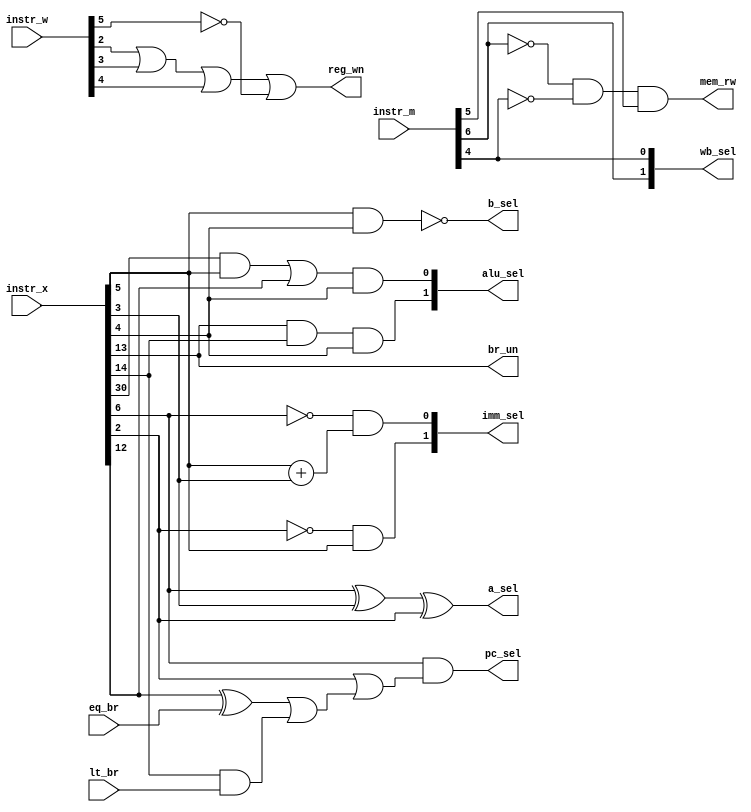
`timescale 1ns / 1ps
//////////////////////////////////////////////////////////////////////////////////
// Company: 
// Engineer: 
// 
// Design Name: 
// Module Name:    control_unit 
// Project Name: 
// Target Devices: 
// Tool versions: 
// Description: 
//
// Dependencies: 
//
// Revision: 
// Revision 0.01 - File Created
// Additional Comments: 
//
//////////////////////////////////////////////////////////////////////////////////
module control_unit(
	 input [31:0] instr_w,
	 input [31:0] instr_m,
    input [31:0] instr_x,
    input eq_br,
    input lt_br,
    output [1:0] wb_sel,
    output pc_sel,
    output mem_rw,
    output reg_wn,
    output br_un,
    output [1:0] alu_sel,
    output b_sel,
    output a_sel,
    output [1:0] imm_sel
    );
	 assign a_sel =instr_x[6]^instr_x[3]^instr_x[2];
	 assign b_sel =! (instr_x[5]&instr_x[4]);
	 assign alu_sel[1]= (instr_x[13]&instr_x[14])&(instr_x[4]);
	 assign alu_sel[0]= ((instr_x[30]&instr_x[5])|instr_x[12])&(instr_x[4]);
	 assign mem_rw =(!instr_m[6])&(!instr_m[4])&instr_m[5];
	 assign reg_wn= (instr_w[2]|instr_w[3]|instr_w[4]|(!instr_w[5]));
    assign pc_sel=instr_x[6]&(instr_x[2]|((instr_x[12]^eq_br)|(instr_x[14]&lt_br)));
	 assign imm_sel[0]=(!instr_x[6])&instr_x[5]+instr_x[3];
    assign imm_sel[1]=(!instr_x[2])&instr_x[5];
	 assign br_un = instr_x[13];
	 assign wb_sel[1]=instr_m[6];
	 assign wb_sel[0]=instr_m[4];



	 

endmodule